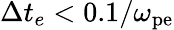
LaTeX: \Delta t_{e}<0.1/\omega_{\mathrm{pe}}